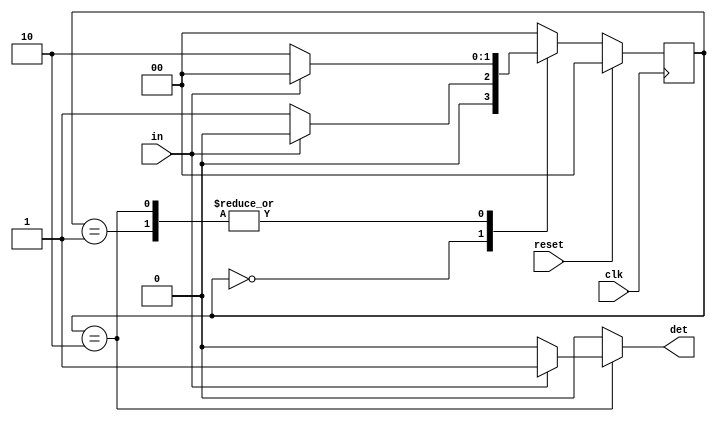
module seq_001(det, in, clk, reset);
    input in, clk, reset;
    output reg det;
    
    parameter s0=2'b00, s1=2'b01, s2=2'b10;
    reg [1:0] pr_state, nxt_state;
    
    
    always@(posedge clk)begin
        if(reset)
            pr_state <= s0;
        else
            pr_state <= nxt_state;
    end
    
    always@(in, pr_state)begin
        case(pr_state)
            s0: begin
                if (in)
                    nxt_state = s0;
                else
                    nxt_state = s1;
            end
            
            s1: begin
                if (in)
                    nxt_state = s0;
                else
                    nxt_state = s2;
            end
            
            s2: begin
                if (in)
                    nxt_state = s0;
                else
                    nxt_state = s2;
            end
            
            default: nxt_state = s0;
                
        endcase
    end
    
    always@(in, pr_state)begin
        case (pr_state)
            s0: det = 0;
            s1: det = 0;
            s2: begin
                if(in)
                    det = 1;
                else
                    det = 0;
            end
            default: det = 0;
        endcase
        
    end
    
    
endmodule